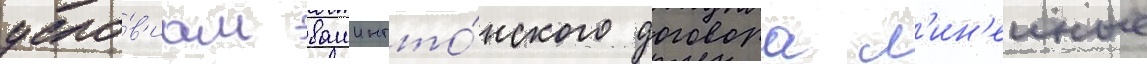
усло́в'иам вашингто́нского договора л'ин'еиные